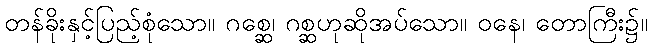
တန်ခိုးနှင့်ပြည့်စုံသော။ ဂစ္ဆေ၊ ဂစ္ဆဟုဆိုအပ်သော။ ဝနေ၊ တောကြီး၌။